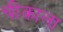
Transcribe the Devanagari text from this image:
चीकाला